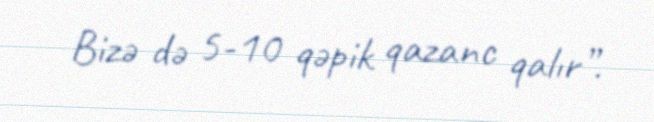
Bizə də 5-10 qəpik qazanc qalır”.